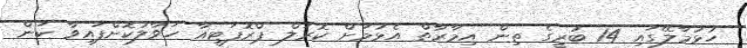
ހުޅުމާލޭގައި 14 ބުރީގެ ތިން އިމާރާތް އެޅުމަށް ކޮރަލް ޕްރޮޕަޓީއާ ހަވާލުކޮށްފައިވާ ކަން